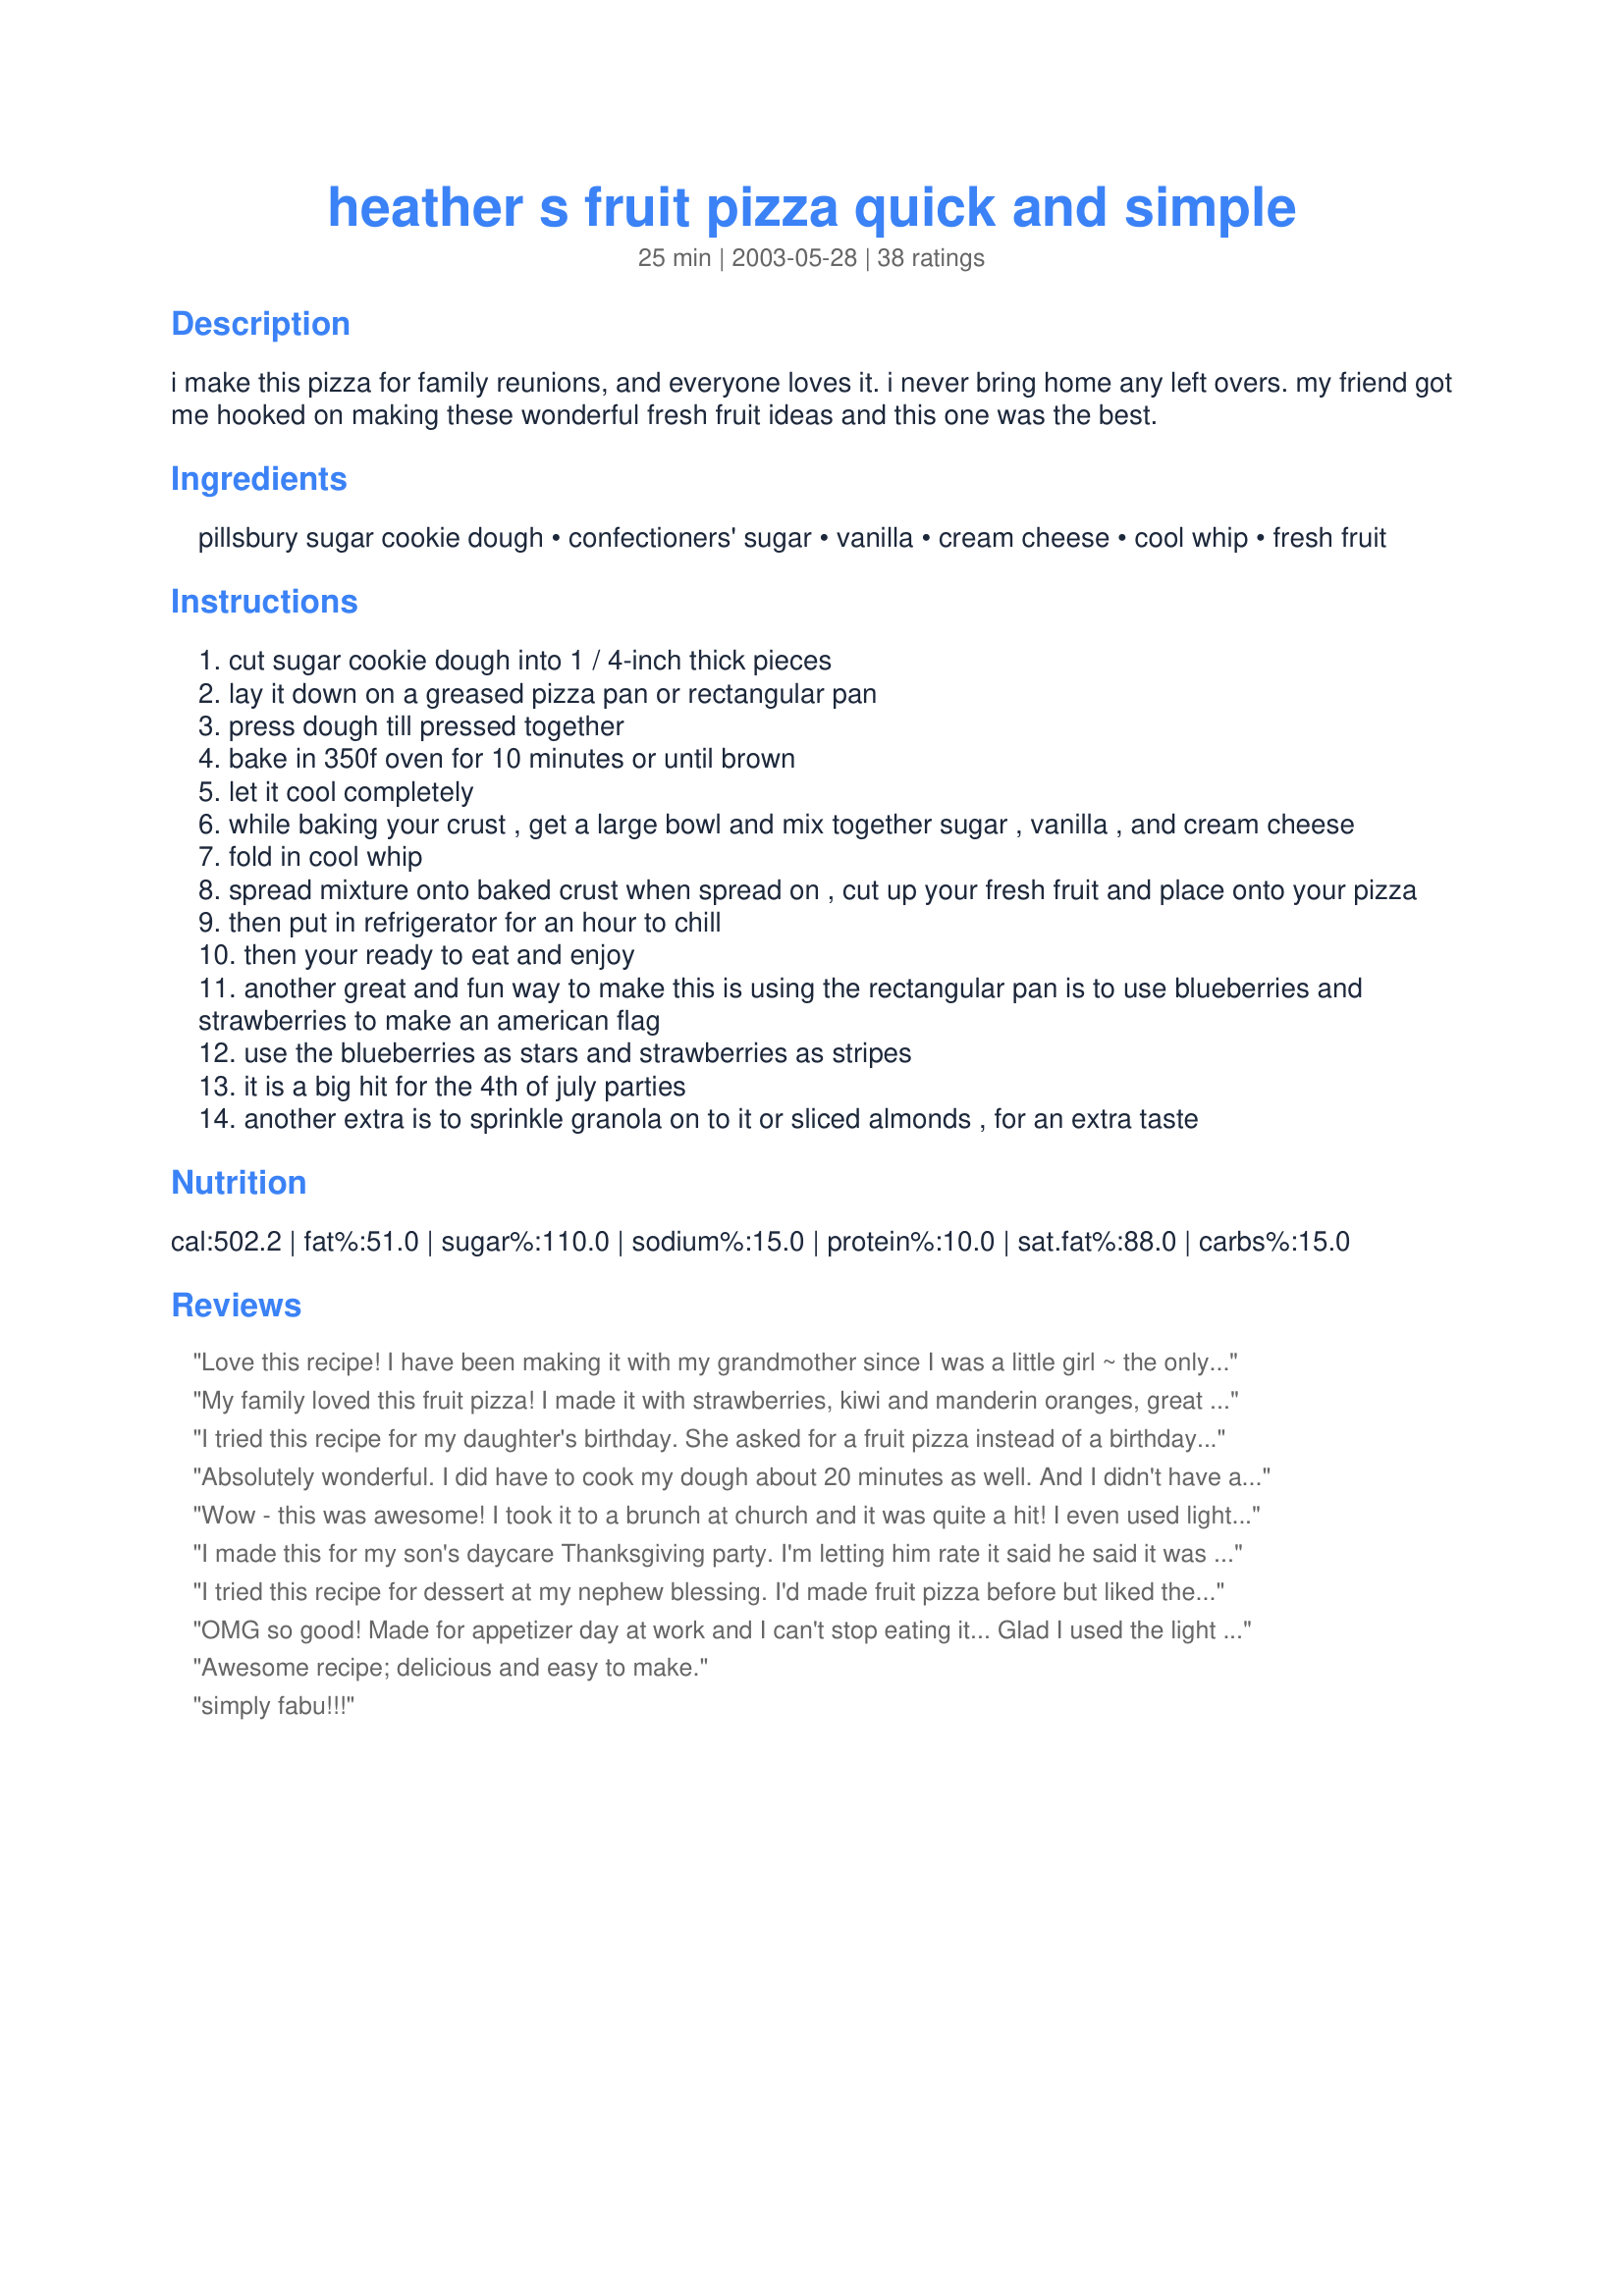
heather s fruit pizza quick and simple
Preparation time: 25 minutes

i make this pizza for family reunions, and everyone loves it. i never bring home any left overs. my friend got me hooked on making these wonderful fresh fruit ideas and this one was the best.

Ingredients:
pillsbury sugar cookie dough, confectioners' sugar, vanilla, cream cheese, cool whip, fresh fruit

Steps:
cut sugar cookie dough into 1 / 4-inch thick pieces
lay it down on a greased pizza pan or rectangular pan
press dough till pressed together
bake in 350f oven for 10 minutes or until brown
let it cool completely
while baking your crust , get a large bowl and mix together sugar , vanilla , and cream cheese
fold in cool whip
spread mixture onto baked crust when spread on , cut up your fresh fruit and place onto your pizza
then put in refrigerator for an hour to chill
then your ready to eat and enjoy
another great and fun way to make this is using the rectangular pan is to use blueberries and strawberries to make an american flag
use the blueberries as stars and strawberries as stripes
it is a big hit for the 4th of july parties
another extra is to sprinkle granola on to it or sliced almonds , for an extra taste

Reviews:
Love this recipe! I have been making it with my grandmother since I was a little girl ~ the only difference is that we always made our own sugar cookie crust (gram's amazing secret recipe) rather than using the store bought variety. This is such a delightful spring/summer treat and is a fabulous way to make use of the season's freshest fruits! Cheers to this fruity sweet treat!
** goes splendidly with a ice cold 'Arnold Palmer' (1/2 iced tea, 1/2 lemonade).
Thanks for posting
My family loved this fruit pizza! I made it with strawberries, kiwi and manderin oranges, great combination. Quick, easy and guaranteed to please the crowd. This one is going in my cookbook. Thanks for sharing.
I tried this recipe for my daughter's birthday. She asked for a fruit pizza instead of a birthday cake. I followed all of the instructions, but I did have one problem, I used two packages of cookie dough and the cookie dough over-flowed in my oven! I think two packages of cookie dough is way to much! Also you have to cook the dough much longer just to get it done, but when you cook it longer, it gets tough and is hard to cut and eat. I had no other problems though.
Absolutely wonderful. I did have to cook my dough about 20 minutes as well. And I didn't have an electric mixer, so I ended up beating the cream cheese topping by hand and that took about 40 minutes to get it smooth enough. But it was worth it so so good. We used kiwis, strawberries, blueberries and peaches. So beautiful and bright to take for a treat too!
Wow - this was awesome! I took it to a brunch at church and it was quite a hit! I even used light cream cheese! Thanks for sharing this great recipe!!!
I made this for my son's daycare Thanksgiving party. I'm letting him rate it said he said it was close to the best and he brought home an empty pan. We used fresh pineapple, grapes, mandarin oranges, and kiwi fruit for our pizza. I then brushed the top of the fruit with melted apple jelly. It turned out great! Maybe next time, I'll get to try it myself.
I tried this recipe for dessert at my nephew blessing. I'd made fruit pizza before but liked the idea of the different filling on this one. It was a huge hit!! I did 1 pkg. of dough in a 9x13 pan. It wasn't quite enough, came out very thin (next time I'll use my own sugar cookie dough, it's softer). That was the only change I made though. I ended up making 2 pans so I doubled the filling part. Still had filling left over so I put it in a bowl for dip. Everyone loved it! I'm using the filling recipe on individual cookies tonight for an event too. Yummm.
OMG so good! Made for appetizer day at work and I can't stop eating it... Glad I used the light cream cheese and free cool whip now :)
Awesome recipe; delicious and easy to make.
simply fabu!!!
I found this recipe years ago and have been making it ever since and finally remembered to take the time to review and say thank you! It is great for any potlock and even though it is easy, it can look impressive if you do a nice design. 4th of July isn't complete without a flag fruit pizza at our annual BBQ . I have learned over the years that 1/2 of the frosting mixture is more than enough and that the dough needs at least 2 more minutes in the oven - sometimes 4. Otherwise, this recipe is perfection. Thanks Heather!
This was amazing, it made a huge batch and we still managed to polish it off! My hub said it was one of the best desserts he's ever had, thanks for posting!
I love fruit pizza and this recipe was easy and tasted great! I'll definitely make it again!
great recipe! I melted white chocolate chips over dough when it came out of the oven to prevent the dough from getting soggy and I also melted apricot preserves mixed with peach schnapps and brushed it over fruit to make it glossy. Used reduced fat cream cheese and kool whip, blackberries,strawberries,manderine oranges,pineapple and kiwi.
Excellent recipe! So easy and satisfying. I used fresh strawberries and frozen blueberries plus blackberries for the fruit topping. Scattered sliced almonds and sifted some powdered sugar as a finishing touch. It looks bomb! I am saving this recipe for holidays!
Wonderful and easy dessert! I used my grandmother's sugar cookie recipe and then used light cream cheese and light cool whip. I decorated it as a flag for 4th of July. Everyone oohed and aahed! Thanks, Heather, for sharing the recipe!
Thank you! Was looking for the not so "rich" flavor of the cream mixture. This is it!
This was our first time making fruit pizza (we've always just bought it premade at the store), and I was so impressed with how easy (and yummy!!) this recipe was! The one thing people should know is how well this holds up in the fridge for a few days, as many of the other fruit pizza recipes on Zaar have reviewers talking about how the cookie becomes soggy after sitting for a while. We used the 2 packages of cookie dough and it made two medium sized pizzas. We only made one batch of topping and that covered both pizzas with a little left over for fruit dip (we're not complaining :). I took one to work for a food day and it got rave reviews and was one of the first things to go. the second one we kept at home and ate it over the next 3 days. It was just as good on day 3 as on day 1. Thanks for such a great recipe!!
AWESOME! I made this and everyone loved it. Although I accidently forgot to add in the whip cream to the frosting and I kind of think I like it better that way. I think for me it may have been too sweet with the whip cream. Also I used the less fat version of cream cheese. No one knew at all.
We love cookie pizza. I made your recipe because the cream cheese mixture was a little different than the one I usually use. It had a very light and creamy texture. I liked it better than mine. I only used one roll of cookie dough. Very quick and easy. 

Thanks Heather Beldin.

Bullwinkle
This was a hit. Great for the summer time. The only thing I'd note is that I used two packages of cookie dough, and had to bake the dough for 20 minutes, and it still was a little too undercooked in the middle. Also, keep in mind you'll need an electric mixer to make the cream cheese topping as smooth as possible. Thanks for posting, Heather!
Great Recipe! The cool whip adds a lot of fluff and makes it not so rich like the other friut pizza's out there. I made it for Easter and it was a big hit! Def. recommend it!
Yum, yum, yum! I made this for a work potluck and it was outstanding! Taking the advice of another reviewer, I halved the topping and it still covered the entire cookie perfectly. I used red grapes, strawberries, pineapple tidbits, mandarin oranges, and raspberries and it came out looking tropical and lovely and it tasted just as good as it looked! That topping was sensational! Thank you, most kindly!
This is a family favourite of ours too! A pretty and light end to a meal. Kids really love it, it's a good way to get them to eat their fruit.
My son requests this for his birthday dessert. I have to agree with him that fruit pizza is better than cake!HK
Yummy! Instead of bought cookie dough I used recipe#40470 for the base. This was easy and looked very appetizing. I used grapes, canned peaches, bananas(dipped in peach syrup to prevent browning), kiwi, pineapple, and strawberries. I think this would even be good with a fruit flavoured cream cheese. Thanks for posting!
I absolutely love this recipe! I took it to a work party and it was a huge hit! Any fruit is wonderful, I even used red raspberries. Yummy!
Wow, did we like this. We used our own recipe for the sugar cookie dough. Then we topped it with strawberries, kiwis, bananas and mandarin oranges. So good. Thank you for sharing with us.
I have made fruit pizza before, but the "frosting" on this one is the best I have ever tried! Very light and fluffy! I used only half of each ingredient for the frosting...yummy!
I made this to go with Easter dinner and it was such a hit! The sugar cookie crust is key- sooooo simple to make and ultra yummy! I had about 2x the frosting though- so I will think of something fab to do with the leftovers next time- although my daughter really enjoyed dipping strawberries into it! Thanks for sharing, Heather- we will FOR SURE be making this again and again!
I have made this so many times and I can&#039;t believe I am just now writing a review! I always bring this to work and family functions and there is never any left, and I&#039;m always asked for the recipe. So easy, simple, pretty, and delicious!! Thanks for the recipe, Heather!
SUPER EASY and delish! I also used light cream cheese and light cool whip..and it still tasted absolutely sinful! I baked mine on a rectangle pampered chef pizza stone. I only used 1 tube of cookie dough and still had to cook for 20 minutes. Also used only about 1/2 of the cream cheese topping on the pizza and it was still about 1/2 inch thick! I kept the rest of this yummy dip to dunk the leftover fruit in. I used blueberries and strawberries. Originally planned to make for a 4th of July party but ran out of time, that's okay because enjoyed having it all to ourselves at home!

A definite keeper. DH said you can make that ANY time! Thanks for posting!
This was delicious. I used a huge pampered chef pizza pan and 2 packages of cookie dough...the cookie dough "crawled" out of the pan and fell to the bottom of the oven, landing near the element. Did you know that cookie dough can catch on fire??? Thankfully, it was lightly browned and I got the cookie dough crust out of the oven before it got any darker, then put the fire out. Cleaned the baking soda and ashes out of the oven while the crust cooled and then topped with the cool whip/cream cheese mixture and added the fruit. Placed in the frig to chill while I cooked the rest of our meal. It was a great dessert, despite the fire! Although the fire did give the kids something to tell their father about while we ate.
My friend made this years ago and it was fantastic. Mine turned out perfectly too! Sooo good. Thanks!
So easy to make! I used a pizza pan with about 1 1/2 tubes of Pillsbury Sugar Cookie dough. I had to bake it much longer than the suggested 10 minutes though. I baked it until it was golden brown and I was sure it would not be underdone in the middle as someone else mentioned. I used bananas tossed with lemon juice to keep them from getting brown, blueberries, strawberries, and kiwi. Sent it with my 15 year old daughter to a get together with friends last night. Everyone LOVED it. She brought home one slice that was left (she was probably hoarding it the entire night!) and was so kind to let me have 2 small bites. It was fabulous - the "icing" was not too sweet and complimented the sweetness/tartness of the fruit beautifully. I will use this recipe often, especially since it makes such a pretty presentation. Thank you for a great recipe!
Joyfully,
Bonnie
For a wedding shower we decided to have these instead of cake. I made this one and it was delicious. My sis has asked for the recipe. Thanks
I made this recipe as written. It was delicious! I wouldn&#039;t change a thing!
I altered this a bit, but not enough to leave out my rating! I pressed the cut cookie circles into muffin tins to make tart like shapes. I got about 30 'tarts' out of two rolls of cookie dough. For the cream cheese layer I left out the confectioner's sugar and used about 1/4 cup of white sugar. For fruit I used blueberries, diced strawberries, kiwi, and grapes. I put about 2 TBSP of the cream cheese layer in each 'tart' and topped it with the fruit. Next time I think I might try a shortcake like layer instead of the cookie, as the cookie was too sweet for our tastes.
